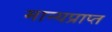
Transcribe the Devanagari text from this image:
मान्यप्राप्त